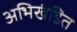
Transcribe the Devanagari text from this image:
अभिखंडित